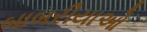
બાબરીયાઓ